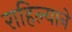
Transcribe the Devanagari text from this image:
राहिल्‍याने